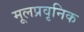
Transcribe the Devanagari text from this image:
मूलप्रवृनिक